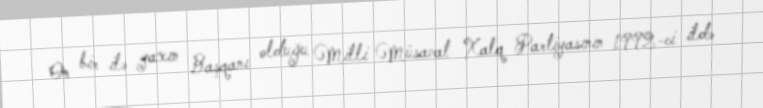
On bir ilə yaxın Başqanı olduğu Milli Müsavat Xalq Partiyasının 1992-ci ildə